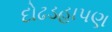
દોઢડહાપણ